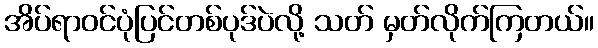
အိပ်ရာဝင်ပုံပြင်တစ်ပုဒ်ပဲလို့ သတ် မှတ်လိုက်ကြတယ်။